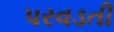
પરવડતી